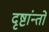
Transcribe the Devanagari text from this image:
दृष्टांन्तों